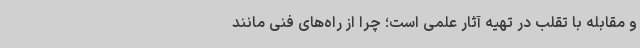
و مقابله با تقلب در تهیه آثار علمی است؛ چرا از راه‌های فنی مانند